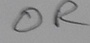
Text: OR